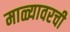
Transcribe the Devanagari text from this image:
माळ्यावरची